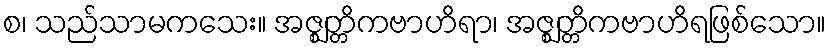
စ၊ သည်သာမကသေး။ အဇ္ဈတ္တိကဗာဟိရာ၊ အဇ္ဈတ္တိကဗာဟိရဖြစ်သော။